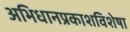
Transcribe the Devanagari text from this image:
अभिधानप्रकाशविशेषा